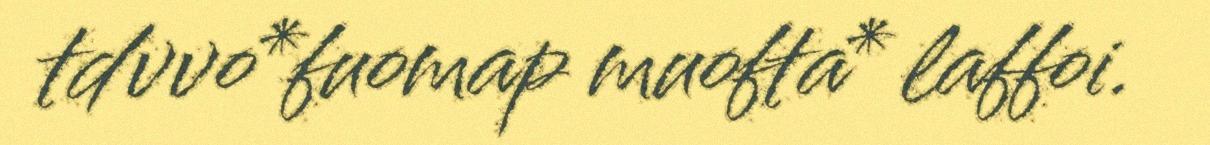
tdvvo*fuomap muofta* laffoi.